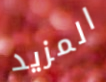
المزيد